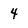
Character: 4